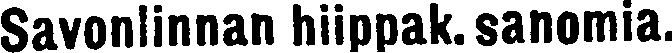
Savonlinnan hiippak. sanomia.